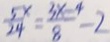
\frac { 5 x } { 2 4 } = \frac { 3 x - 4 } { 8 } = - 2